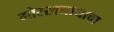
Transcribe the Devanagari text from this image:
गोरखनाथाचा